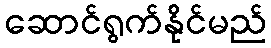
ဆောင်ရွက်နိုင်မည်